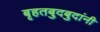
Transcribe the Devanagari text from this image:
बृहतबुदबुदांनी